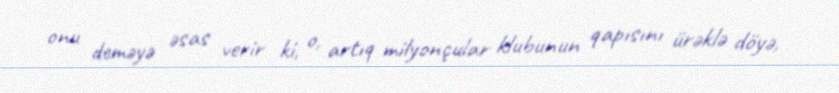
onu deməyə əsas verir ki, o, artıq milyonçular klubunun qapısını ürəklə döyə,